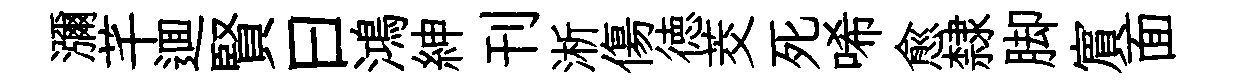
瀰芊逥賢曰鴻紳刊淅傷徳茭死唏愈隸脚賔面